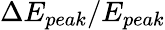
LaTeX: \Delta E_{peak}/E_{peak}